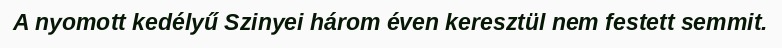
A nyomott kedélyű Szinyei három éven keresztül nem festett semmit.